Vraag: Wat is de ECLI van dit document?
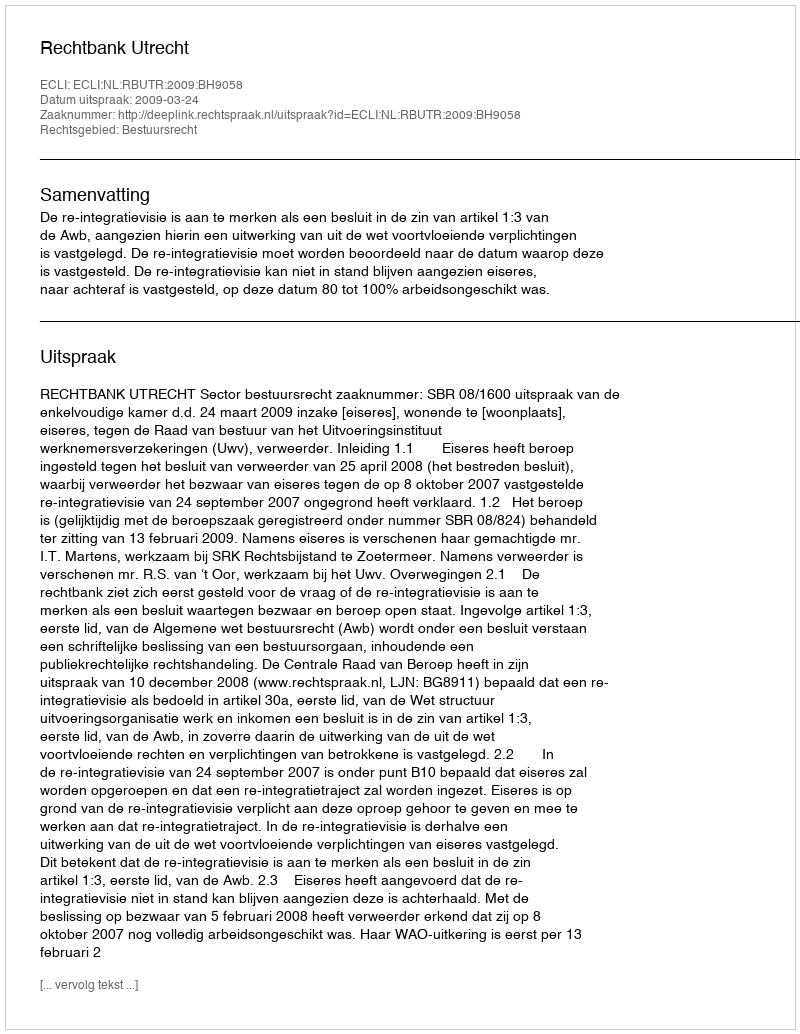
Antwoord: ECLI:NL:RBUTR:2009:BH9058